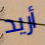
أريد